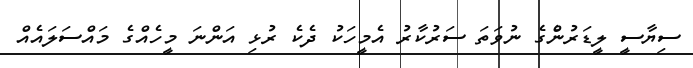
ސިޔާސީ ލީޑަރުންެގެ ނުވަތަ ސަރުކާރު އެމީހަކު ދެކެ ރުޅި އަންނަ މީހެއްގެ މައްސަލައެއް